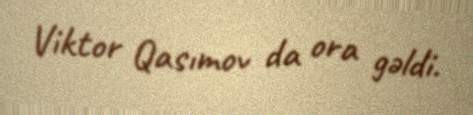
Viktor Qasımov da ora gəldi.